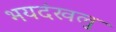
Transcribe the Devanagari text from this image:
भयदंखलु